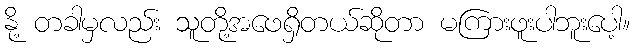
နို့ တခါမှလည်း သူတို့အဖေရှိတယ်ဆိုတာ မကြားဖူးပါဘူးပေါ့။